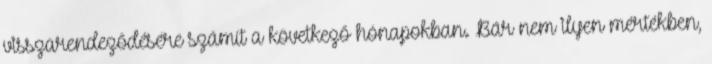
visszarendeződésére számít a következő hónapokban. Bár nem ilyen mértékben,